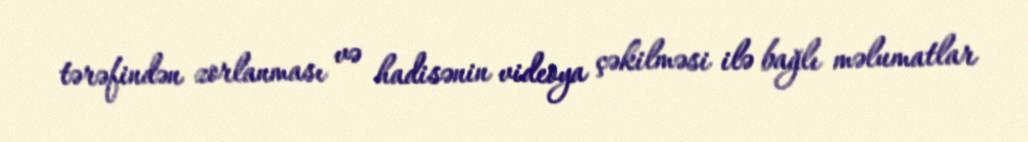
tərəfindən zorlanması və hadisənin videoya çəkilməsi ilə bağlı məlumatlar